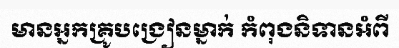
មានអ្នកគ្រូបង្រៀនម្នាក់ កំពុងនិទានអំពី